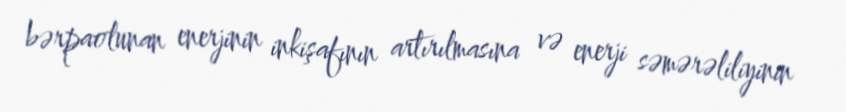
bərpaolunan enerjinin inkişafının artırılmasına və enerji səmərəliliyinin